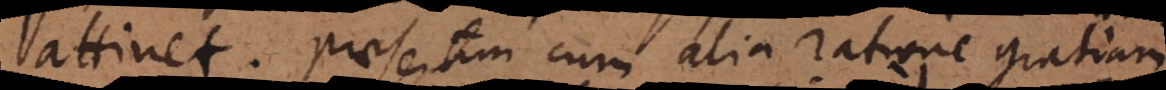
attinet. Praesertim cum alia ratione gratiam